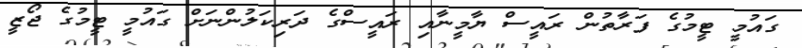
ގައުމީ ޓީމުގެ ފަރާތުން ރައީސް ޔާމީނާއި ރައީސްގެ ދަރިކަލުންނަށް ގައުމީ ޓީމުގެ ޖޯޒީ